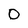
Character: D